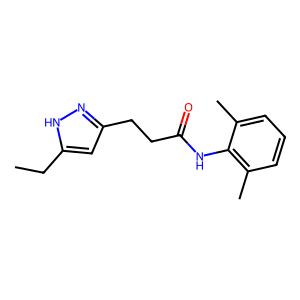
SMILES: CCc1cc(CCC(=O)Nc2c(C)cccc2C)n[nH]1
Inhibits HIV replication: No